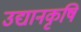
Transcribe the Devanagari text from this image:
उद्यानकृषि